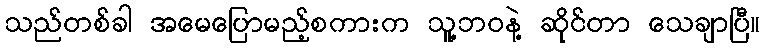
သည်တစ်ခါ အမေပြောမည့်စကားက သူ့ဘဝနဲ့ ဆိုင်တာ သေချာပြီ။